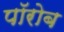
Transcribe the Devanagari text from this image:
पॉरोब